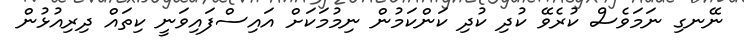
ނޭނގި ނަމަވެސް ކުރެވޭ ކުދި ކުދި ކަންކަމުން ނިމުމަކަށް އައިސްފައިވަނީ ކިތައް ދިރިއުޅުން